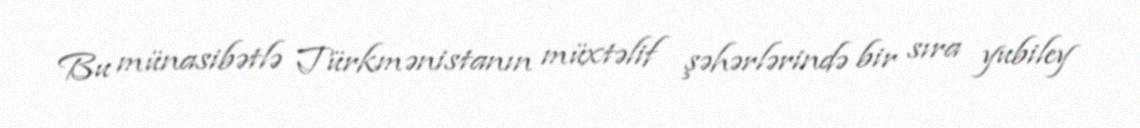
Bu münasibətlə Türkmənistanın müxtəlif şəhərlərində bir sıra yubiley